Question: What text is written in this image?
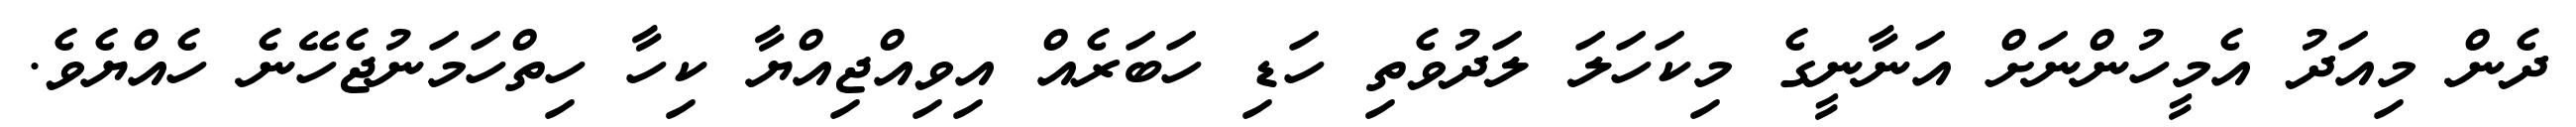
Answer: ދެން މިއަދު އެމީހުންނަށް އަނާނީގެ މިކަހަލަ ލަދުވެތި ހަޑި ހަބަރެއް އިވިއްޖިއްޔާ ކިހާ ހިތްހަމަނުޖެހޭނެ ހެއްޔެވެ.